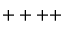
+ + + +